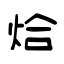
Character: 烚